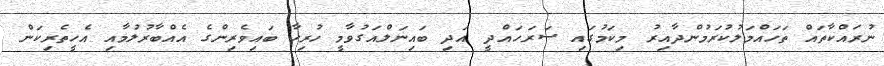
ނުރައްކާތައް ތަހައްމަލުކުރަމުންދާއިރު މިކަމުގައި ސަރަހައްދީ އަދި ބައިނަލްއަގުވާމީ ހުރިހާ ބައިވެރިންގެ އެއްބާރުލުމާއި އެހީތެރިކަން